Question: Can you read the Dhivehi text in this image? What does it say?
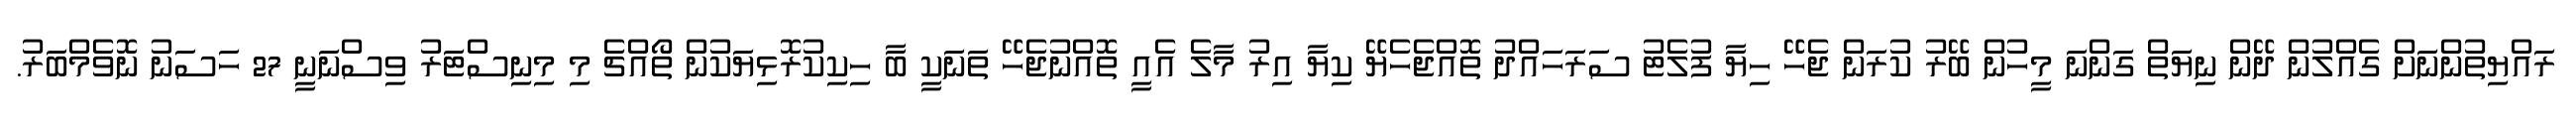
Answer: ރައްޔިތުންނަށް ގެއްލުން ދޭން ނިޔަތް ގަންނަ މީހުން ބޭރު ކުރަން ޖެހޭ ހިޔާ ފުލެޓު ސަރަހައްދު ތޮއްޖެހެޔޭ ކިޔާ އިރު މާލެ އެއީ ތޮއްނުޖެހޭ ތަނަކީ ބާ ހިކިކުރޮޅިޔަކުން ތޯއްޗެ މި މިނިސްޓަރު ވިސްނަނީ 27 ހަސަނު ނޮވެމްބަރު.